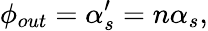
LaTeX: \phi_{out}=\alpha_{s}^{\prime}=n\alpha_{s},